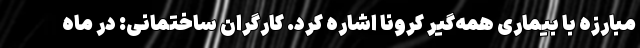
مبارزه با بیماری همه‌گیر کرونا اشاره کرد. کارگران ساختمانی: در ماه